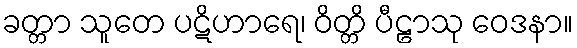
ခတ္တာ သူတေ ပဋိဟာရေ၊ ဝိတ္တိ ပီဠာသု ဝေဒနာ။